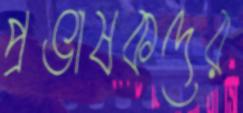
প্রভাষকদের